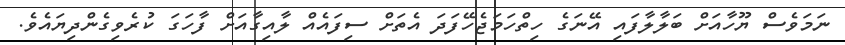
ނަމަވެސް ޔޫހާއަށް ބަލާލާފައި އޭނަގެ ހިތްހަމަޖެހޭފަދަ އެތަށް ސިފައެއް ލާއިގާއަށް ފާހަގަ ކުރެވިގެންދިޔައެވެ.